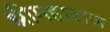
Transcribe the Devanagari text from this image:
श्रीमहाराज